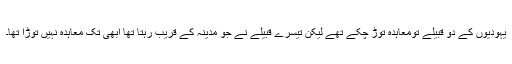
یہودیوں کے دو قبیلے تومعاہدہ توڑ چکے تھے لیکن تیسرے قبیلے نے جو مدینہ کے قریب رہتا تھا ابھی تک معاہدہ نہیں توڑا تھا۔